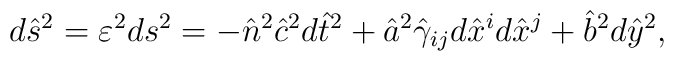
d\hat{s}^2=\varepsilon^2ds^2=-\hat{n}^2\hat{c}^2d\hat{t}^2+\hat{a}^2\hat{\gamma}_{ij}d\hat{x}^id\hat{x}^j+\hat{b}^2d\hat{y}^2,